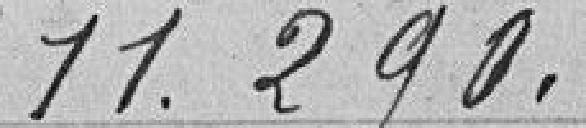
11.290.